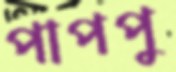
পাপপু